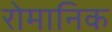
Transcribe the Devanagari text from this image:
रोमानिक